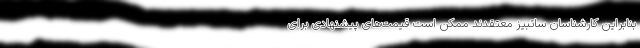
بنابراین کارشناسان ساتبیز معتقدند ممکن است قیمت‌های پیشنهادی برای